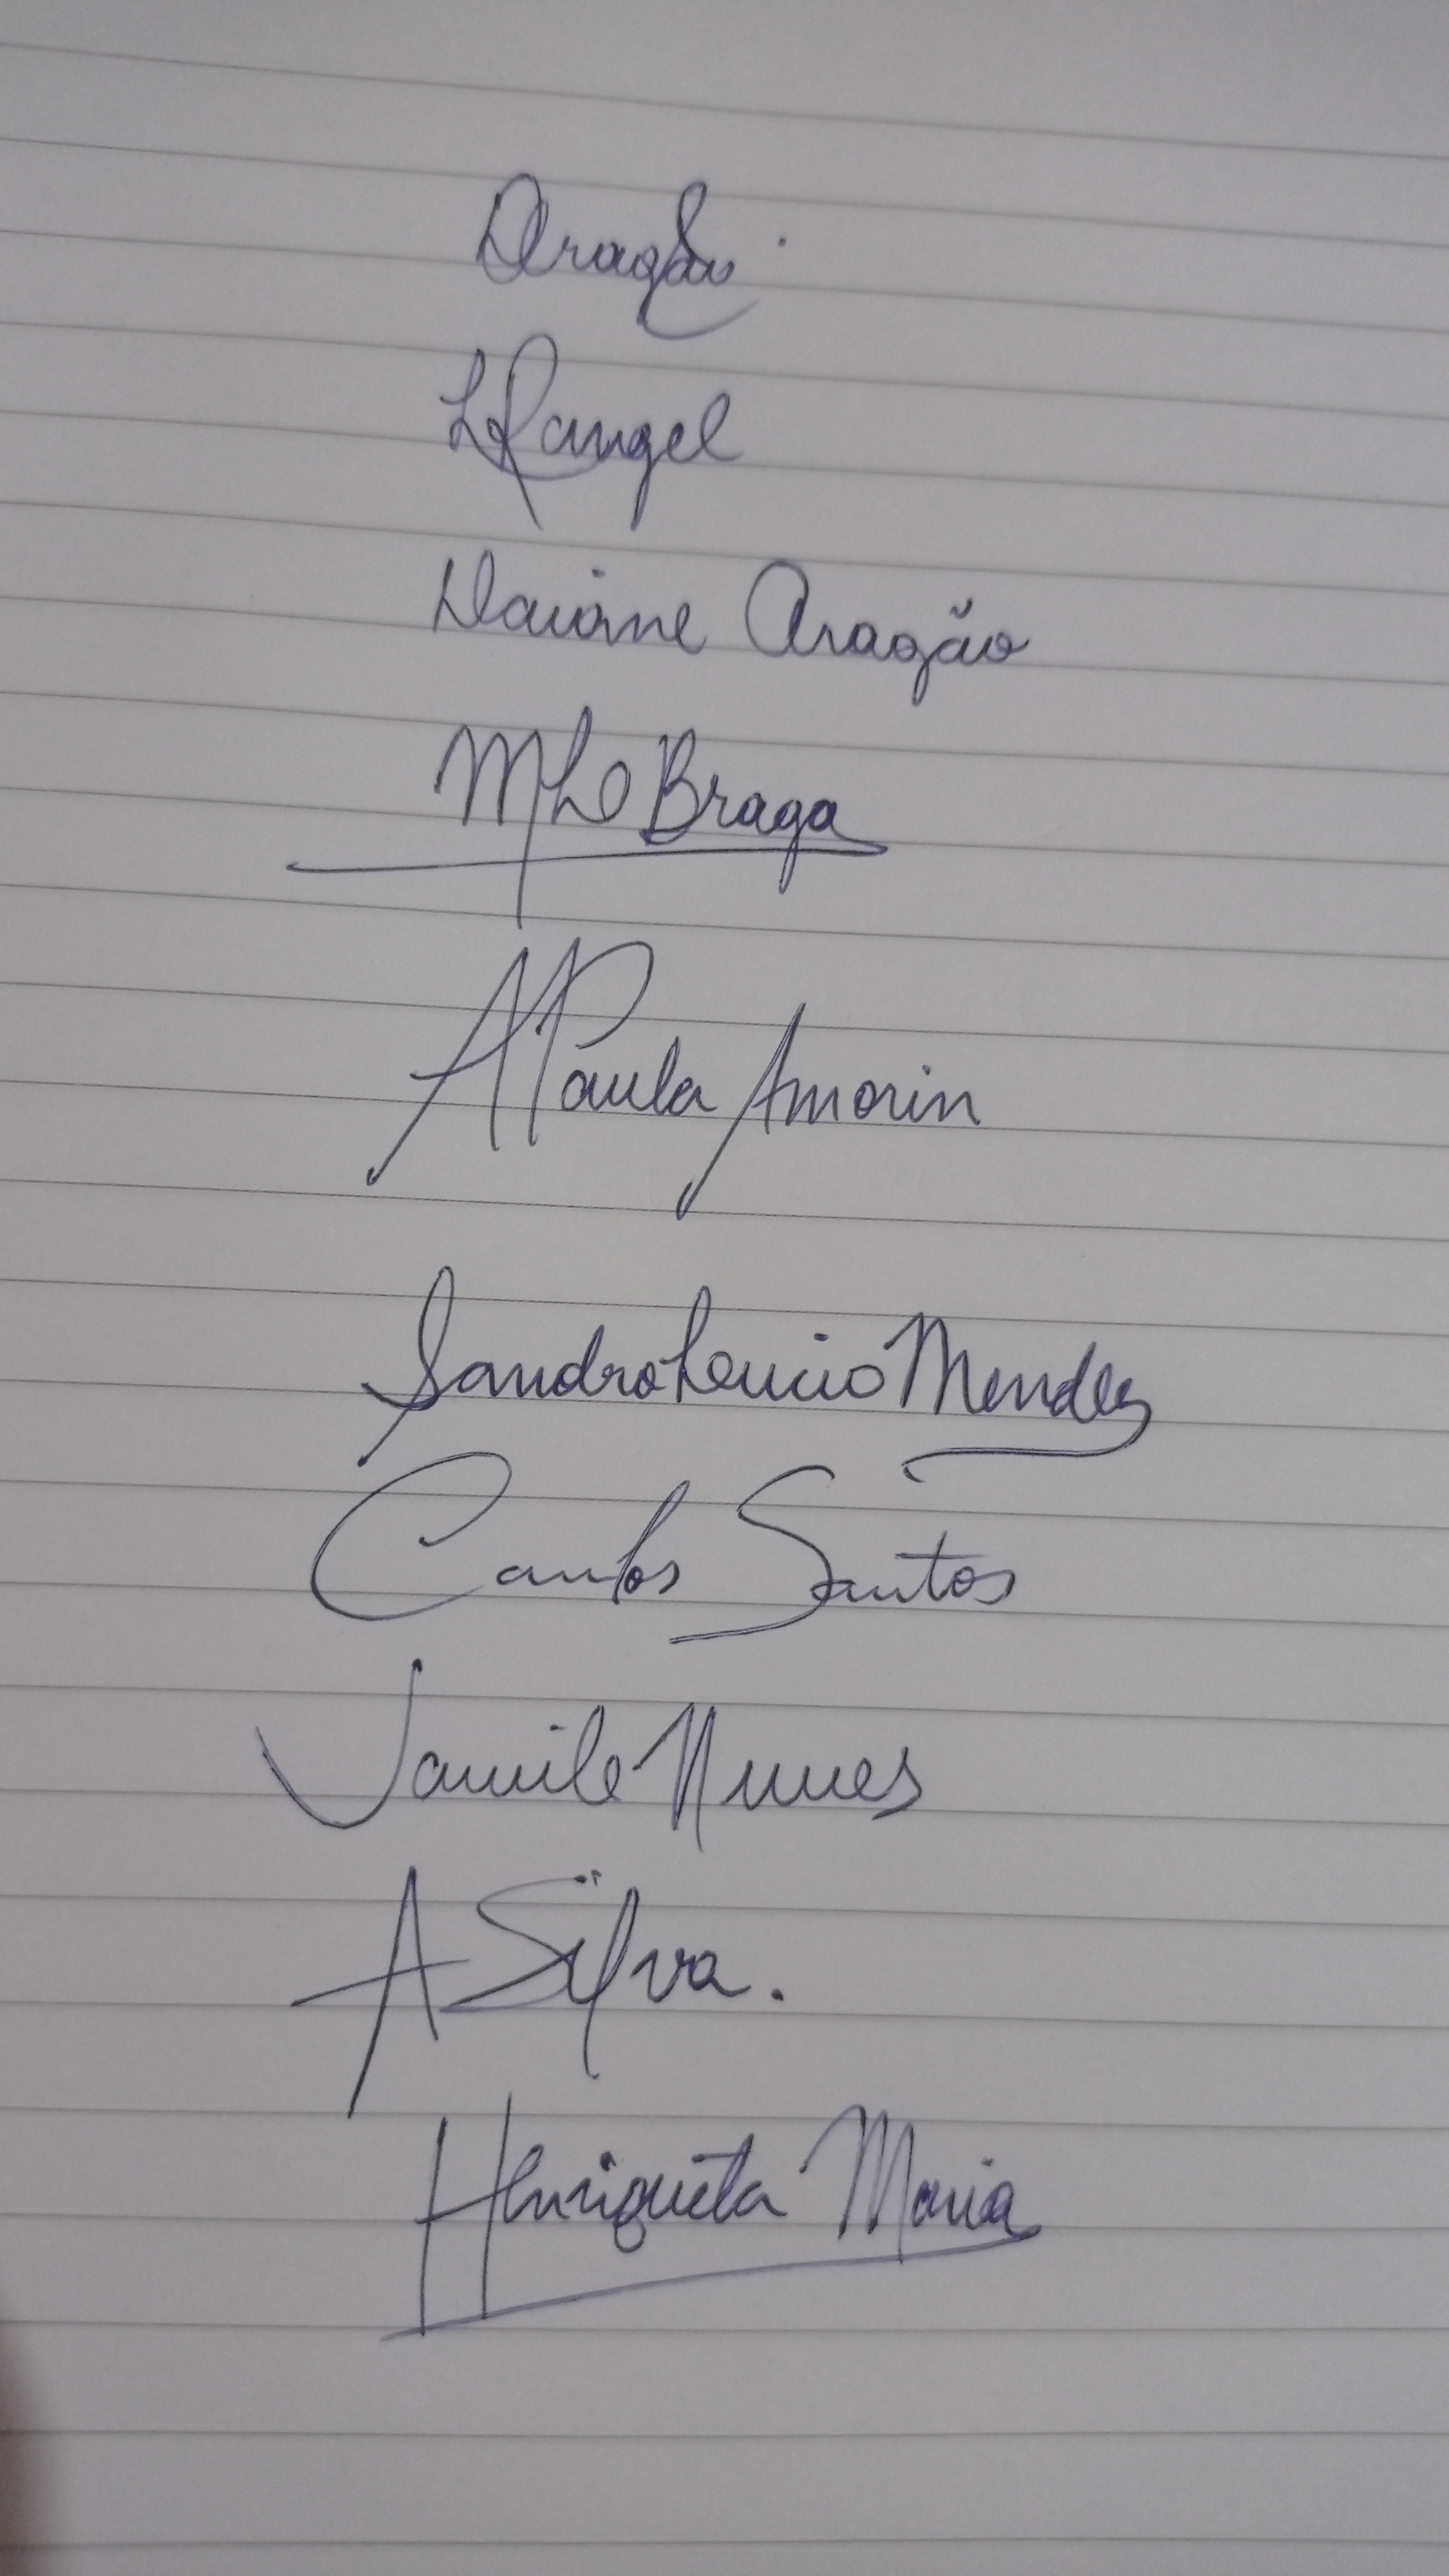
Signature authenticity: genuine